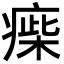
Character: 㾹